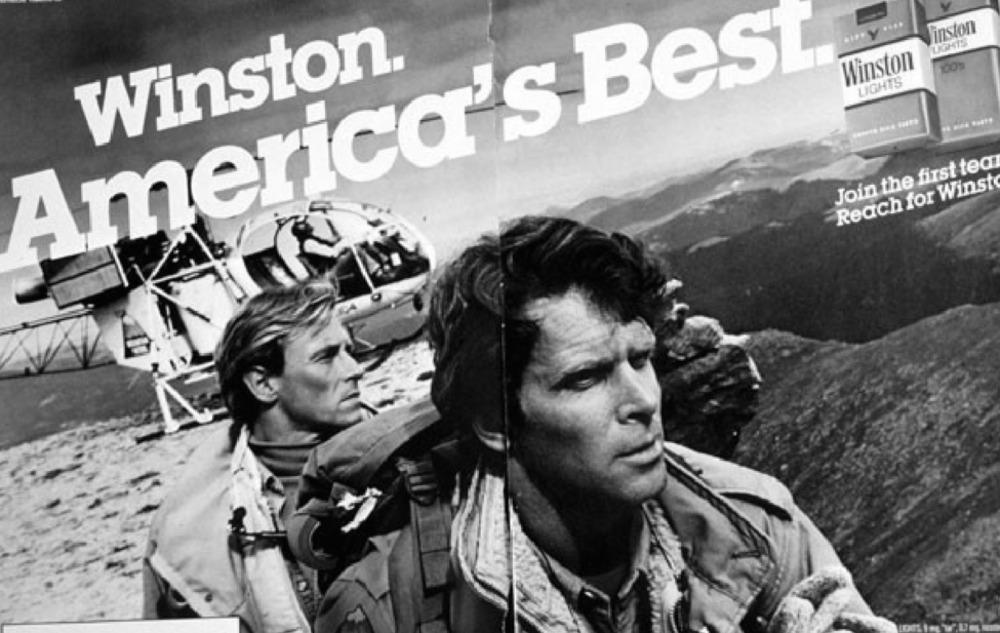
inston
LIGHTS
Winston.
Winston
America's Best
LIGHTS
Join the first tea
Reach for Winst